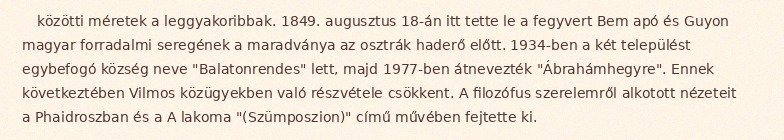
közötti méretek a leggyakoribbak. 1849. augusztus 18-án itt tette le a fegyvert Bem apó és Guyon magyar forradalmi seregének a maradványa az osztrák haderő előtt. 1934-ben a két települést egybefogó község neve "Balatonrendes" lett, majd 1977-ben átnevezték "Ábrahámhegyre". Ennek következtében Vilmos közügyekben való részvétele csökkent. A filozófus szerelemről alkotott nézeteit a Phaidroszban és a A lakoma "(Szümposzion)" című művében fejtette ki.